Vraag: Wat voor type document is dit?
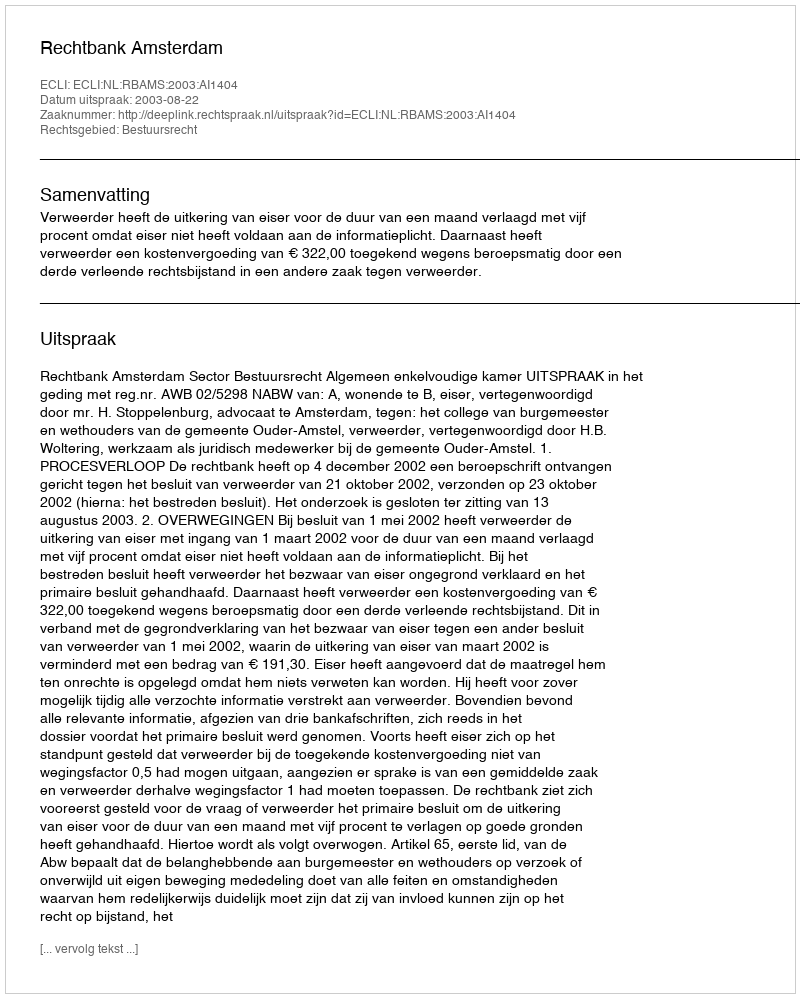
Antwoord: Uitspraak